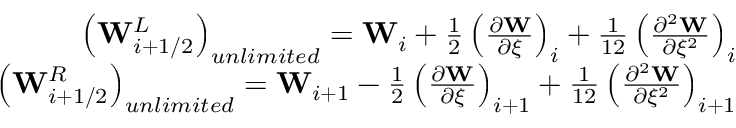
\begin{array} { r } { \left( \mathbf { W } _ { i + 1 / 2 } ^ { L } \right) _ { u n l i m i t e d } = \mathbf { W } _ { i } + \frac { 1 } { 2 } \left( \frac { \partial \mathbf { W } } { \partial \xi } \right) _ { i } + \frac { 1 } { 1 2 } \left( \frac { \partial ^ { 2 } \mathbf { W } } { \partial \xi ^ { 2 } } \right) _ { i } } \\ { \left( \mathbf { W } _ { i + 1 / 2 } ^ { R } \right) _ { u n l i m i t e d } = \mathbf { W } _ { i + 1 } - \frac { 1 } { 2 } \left( \frac { \partial \mathbf { W } } { \partial \xi } \right) _ { i + 1 } + \frac { 1 } { 1 2 } \left( \frac { \partial ^ { 2 } \mathbf { W } } { \partial \xi ^ { 2 } } \right) _ { i + 1 } } \end{array}